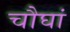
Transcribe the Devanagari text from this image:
चौघां